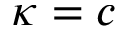
\kappa = c